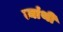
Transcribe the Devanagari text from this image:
त्यांथी